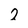
Character: 2